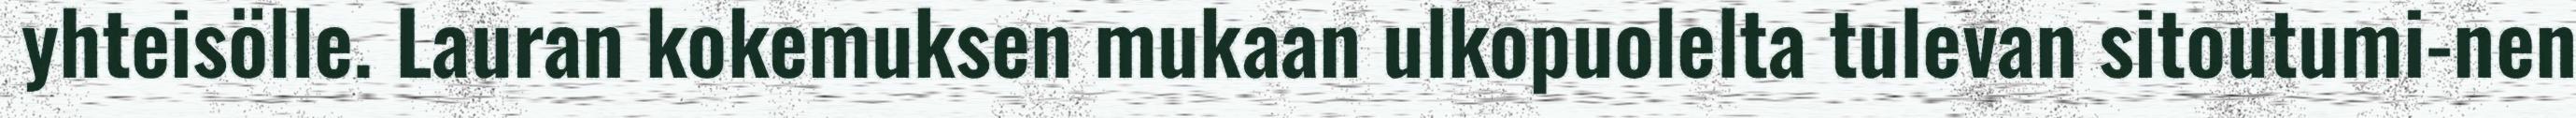
yhteisölle. Lauran kokemuksen mukaan ulkopuolelta tulevan sitoutumi-nen